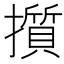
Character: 㩫